Vaccine operations Central Provinces 1886-1899 - 1886-1899
Year: 1886
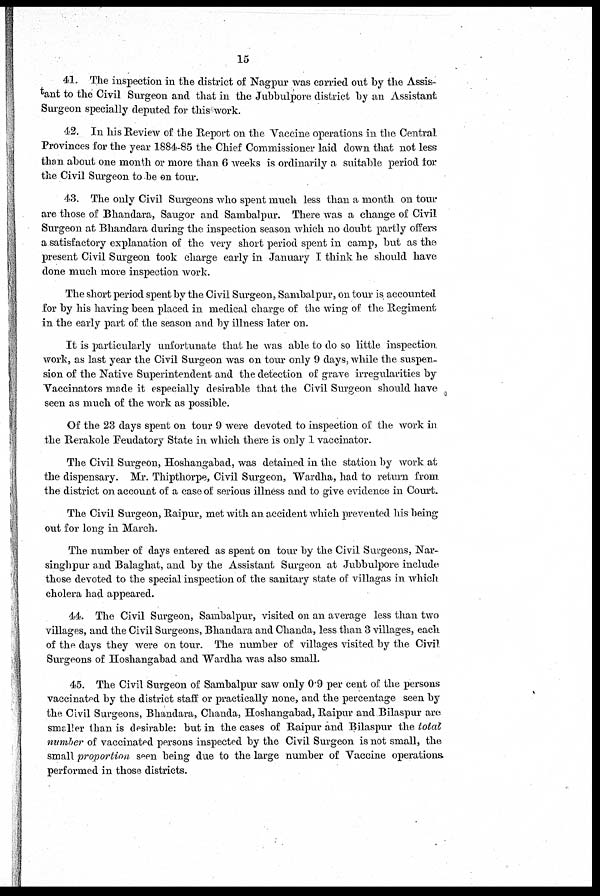
15
41. The inspection in the district of Nagpur was carried out by the Assis-
tant to the Civil Surgeon and that in the Jubbulpore district by an Assistant
Surgeon specially deputed for this work.
42. In his Review of the Report on the Vaccine operations in the Central
Provinces for the year 1884-85 the Chief Commissioner laid down that not less
than about one month or more than 6 weeks is ordinarily a suitable period for
the Civil Surgeon to be on tour.
43. The only Civil Surgeons who spent much less than a month on tour
are those of Bhandara, Saugor and Sambalpur. There was a change of Civil
Surgeon at Bhandara during the inspection season which no doubt partly offers
a satisfactory explanation of the very short period spent in camp, but as the
present Civil Surgeon took charge early in January I think he should have
done much more inspection work.
The short period spent by the Civil Surgeon, Sambalpur, on tour is accounted
for by his having been placed in medical charge of the wing of the Regiment
in the early part of the season and by illness later on.
It is particularly unfortunate that he was able to do so little inspection
work, as last year the Civil Surgeon was on tour only 9 days, while the suspen-
sion of the Native Superintendent and the detection of grave irregularities by
Vaccinators made it especially desirable that the Civil Surgeon should have
seen as much of the work as possible.
Of the 23 days spent on tour 9 were devoted to inspection of the work in
the Rerakole Feudatory State in which there is only 1 vaccinator.
The Civil Surgeon, Hoshangabad, was detained in the station by work at
the dispensary. Mr. Thipthorpe, Civil Surgeon, Wardha, had to return from
the district on account of a case of serious illness and to give evidence in Court.
The Civil Surgeon, Raipur, met with an accident which prevented his being
out for long in March.
The number of days entered as spent on tour by the Civil Surgeons, Nar¬
singhpur and Balaghat, and by the Assistant Surgeon at Jubbulpore include
those devoted to the special inspection of the sanitary state of villagas in which
cholera had appeared.
44. The Civil Surgeon, Sambalpur, visited on an average less than two
villages, and the Civil Surgeons, Bhandara and Chanda, less than 3 villages, each
of the days they were on tour. The number of villages visited by the Civil
Surgeons of Hoshangabad and Wardha was also small.
45. The Civil Surgeon of Sambalpur saw only 0.9 per cent of the persons
vaccinated by the district staff or practically none, and the percentage seen by
the Civil Surgeons, Bhandara, Chanda, Hoshangabad, Raipur and Bilaspur are
smaller than is desirable: but in the cases of Raipur and Bilaspur the total
number of vaccinated persons inspected by the Civil Surgeon is not small, the
small proportion seen being due to the large number of Vaccine operations
performed in those districts.